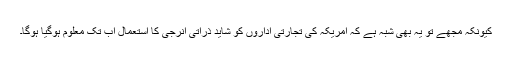
کیونکہ مجھے تو یہ بھی شبہ ہے کہ امریکہ کی تجارتی اداروں کو شاید ذراتی انرجی کا استعمال اب تک معلوم ہوگیا ہوگا۔